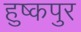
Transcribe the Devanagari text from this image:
हुष्कपुर